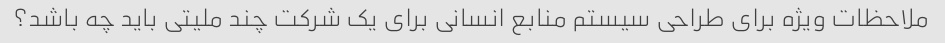
ملاحظات ویژه برای طراحی سیستم منابع انسانی برای یک شرکت چند ملیتی باید چه باشد؟